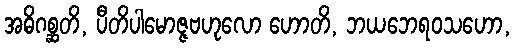
အဓိဂစ္ဆတိ, ပီတိပါမောဇ္ဇဗဟုလော ဟောတိ, ဘယဘေရဝသဟော,